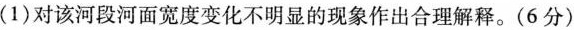
(1)对该河段河面宽度变化不明显的现象作出合理解释。(6分)